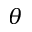
\theta